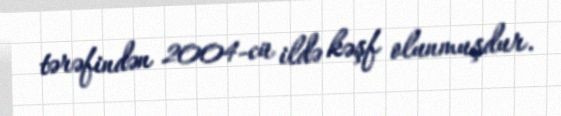
tərəfindən 2004-cü ildə kəşf olunmuşdur.